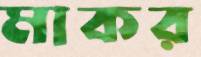
মাকর